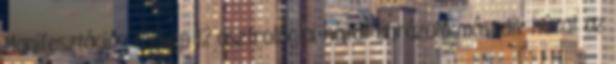
Manifesztációs térkép 12 asztrológiai házát ábrázoló második házat az